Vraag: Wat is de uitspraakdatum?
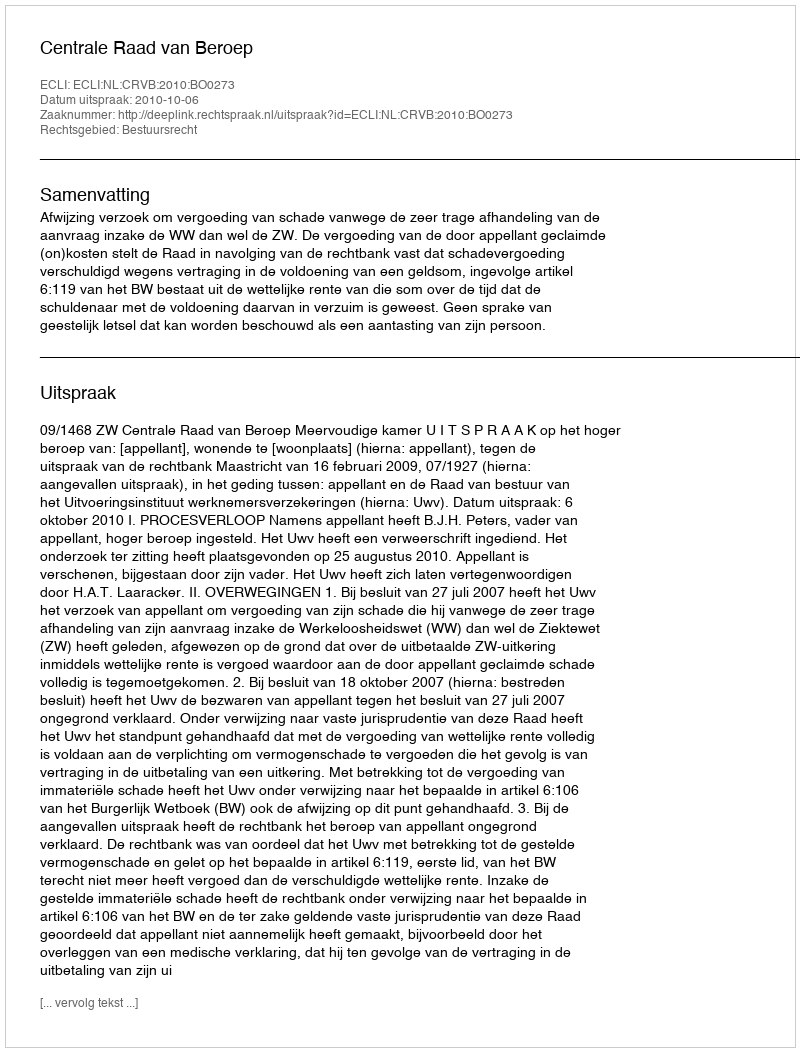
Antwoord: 2010-10-06